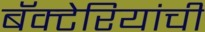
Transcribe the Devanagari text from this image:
बॅक्‍टेरियांची